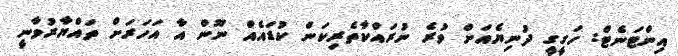
އިންޓަނެޓް: ހަގީގީ ދުނިޔެއަށް ވުރެ ނުރައްކާތެރިކަން ކުޑައެއް ނޫން އާ އަހަރަށް ތައްޔާރުވާނީ